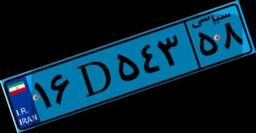
۸۲D۸۴۷۷۰